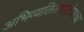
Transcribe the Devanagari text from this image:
अभिव्यक्तिस्वातंत्र्याचा